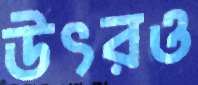
উৎরও